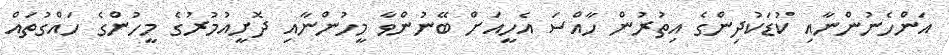
އަންހެނުންނާއި ކުޑަކުދިންގެ އިތުރުން ހާއްސަ އެހީއަށް ބޭނުންވާ މީހުންނާއި ދޮށީއުމުރުގެ މީހުންގެ ހައްގުތައް